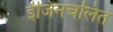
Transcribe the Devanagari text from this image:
इंजिनचलित